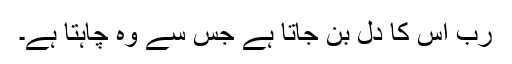
رب اُس کا دل بن جاتا ہے جس سے وہ چاہتا ہے۔